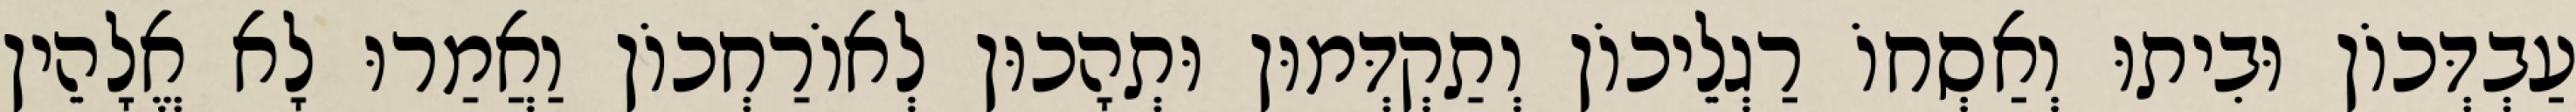
עַבְדְּכוֹן וּבִיתוּ וְאַסְחוֹ רַגְלֵיכוֹן וְתַקְדְּמוּן וּתְהָכוּן לְאוֹרַחְכוֹן וַאֲמַרוּ לָא אֱלָהֵין